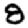
Digit: 8